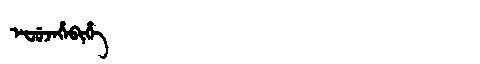
Manchu: ᡝᠸᡠᠵᡝᡥᡝᠪᡳᡥᡝ
Romanization: EFUJEHEBIHE